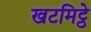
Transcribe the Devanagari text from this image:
खटमिट्ठे